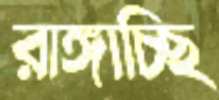
রাঙ্গাচ্ছি